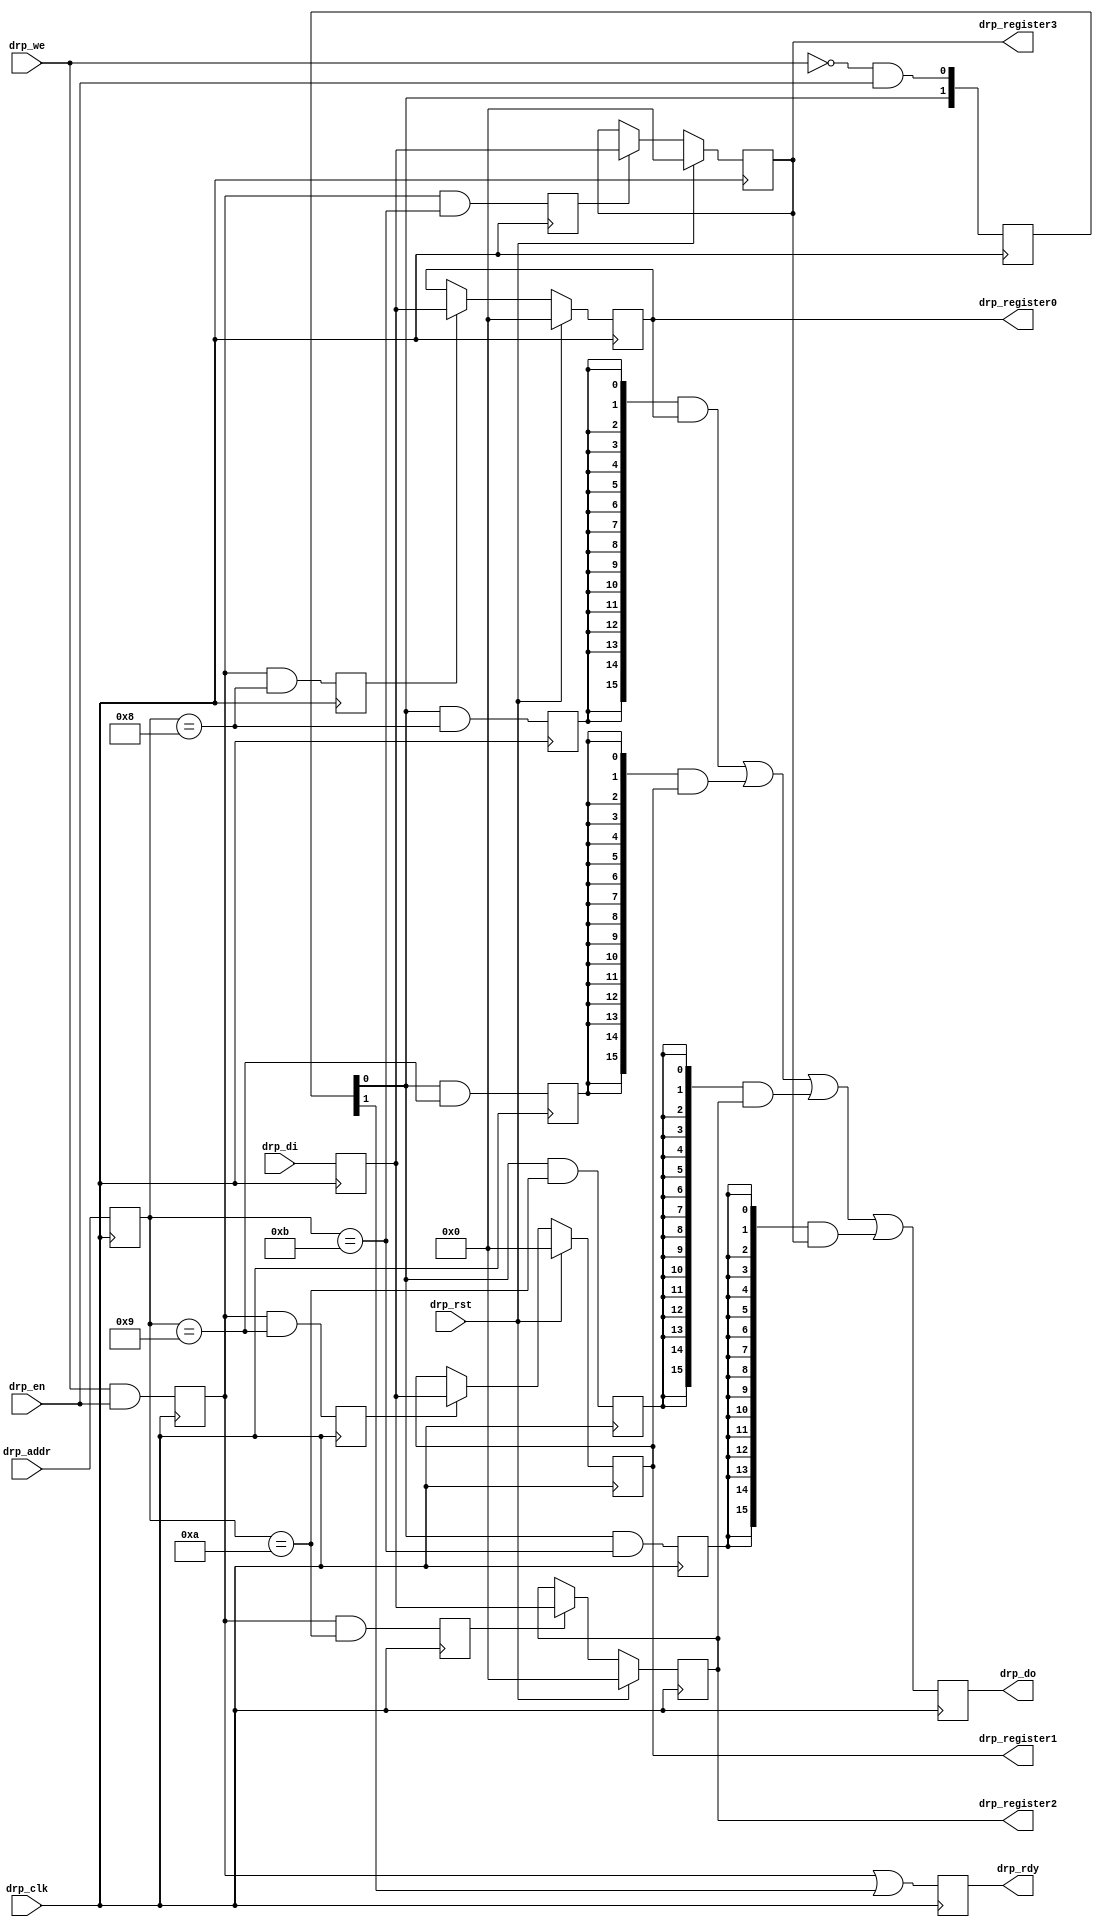
// This program was cloned from: https://github.com/Elphel/x393_sata
// License: GNU General Public License v3.0

/*!
 * <b>Module:</b>drp_other_registers
 * @file drp_other_registers.v
 * @date 2016-03-13
 * @author Andrey Filippov     
 *
 * @brief Additional registers controlled/read back over DRP
 *
 * @copyright Copyright (c) 2016 Elphel, Inc .
 *
 * <b>License:</b>
 *
 * drp_other_registers.v is free software; you can redistribute it and/or modify
 * it under the terms of the GNU General Public License as published by
 * the Free Software Foundation, either version 3 of the License, or
 * (at your option) any later version.
 *
 *  drp_other_registers.v is distributed in the hope that it will be useful,
 * but WITHOUT ANY WARRANTY; without even the implied warranty of
 * MERCHANTABILITY or FITNESS FOR A PARTICULAR PURPOSE.  See the
 * GNU General Public License for more details.
 *
 * You should have received a copy of the GNU General Public License
 * along with this program.  If not, see <http://www.gnu.org/licenses/> .
 */
`timescale 1ns/1ps

module  drp_other_registers#(
    parameter DRP_ABITS =       8,
    parameter DRP_REG0 =        8,
    parameter DRP_REG1 =        9,
    parameter DRP_REG2 =       10,
    parameter DRP_REG3 =       11
)(
    input                   drp_rst,
    input                   drp_clk,
    input                   drp_en, // @aclk strobes drp_ad
    input                   drp_we,
    input   [DRP_ABITS-1:0] drp_addr,       
    input            [15:0] drp_di,
    output reg              drp_rdy,
    output reg       [15:0] drp_do,
    output           [15:0] drp_register0,
    output           [15:0] drp_register1,
    output           [15:0] drp_register2,
    output           [15:0] drp_register3
);
    
    reg           [DRP_ABITS-1:0] drp_addr_r;
    reg                           drp_wr_r;
    reg                    [ 1:0] drp_rd_r;
    reg                    [15:0] drp_di_r;
    reg                           drp_reg0_set;
    reg                           drp_reg1_set;
    reg                           drp_reg2_set;
    reg                           drp_reg3_set;
    reg                           drp_reg0_get;
    reg                           drp_reg1_get;
    reg                           drp_reg2_get;
    reg                           drp_reg3_get;
    
    reg                    [15:0] drp_register0_r;
    reg                    [15:0] drp_register1_r;
    reg                    [15:0] drp_register2_r;
    reg                    [15:0] drp_register3_r;
    
    assign drp_register0 = drp_register0_r;
    assign drp_register1 = drp_register1_r;
    assign drp_register2 = drp_register2_r;
    assign drp_register3 = drp_register3_r;
    
    // DRP interface
    always @ (posedge drp_clk) begin
        drp_addr_r <=           drp_addr;
        drp_wr_r <=             drp_we && drp_en;
        drp_rd_r <=             {drp_rd_r[0],~drp_we & drp_en};
        drp_di_r <=             drp_di;
        
        drp_reg0_set <=         drp_wr_r &&    (drp_addr_r == DRP_REG0);
        drp_reg1_set <=         drp_wr_r &&    (drp_addr_r == DRP_REG1);
        drp_reg2_set <=         drp_wr_r &&    (drp_addr_r == DRP_REG2);
        drp_reg3_set <=         drp_wr_r &&    (drp_addr_r == DRP_REG3);
        drp_reg0_get <=         drp_rd_r[0] && (drp_addr_r == DRP_REG0);       
        drp_reg1_get <=         drp_rd_r[0] && (drp_addr_r == DRP_REG1);       
        drp_reg2_get <=         drp_rd_r[0] && (drp_addr_r == DRP_REG2);       
        drp_reg3_get <=         drp_rd_r[0] && (drp_addr_r == DRP_REG3);       
        
        drp_rdy <=              drp_wr_r || drp_rd_r[1];
        drp_do <=               ({16{drp_reg0_get}} & drp_register0_r) |
                                ({16{drp_reg1_get}} & drp_register1_r) |
                                ({16{drp_reg2_get}} & drp_register2_r) |
                                ({16{drp_reg3_get}} & drp_register3_r);
                                
        if      (drp_rst)       drp_register0_r <= 0;
        else if (drp_reg0_set)  drp_register0_r <= drp_di_r;
        
        if      (drp_rst)       drp_register1_r <= 0;
        else if (drp_reg1_set)  drp_register1_r <= drp_di_r;
        
        if      (drp_rst)       drp_register2_r <= 0;
        else if (drp_reg2_set)  drp_register2_r <= drp_di_r;
        
        if      (drp_rst)       drp_register3_r <= 0;
        else if (drp_reg3_set)  drp_register3_r <= drp_di_r;
        
    end

endmodule